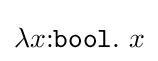
\lambda x{\mathbin {:}}{\mathtt {bool}}.~x